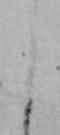
よ